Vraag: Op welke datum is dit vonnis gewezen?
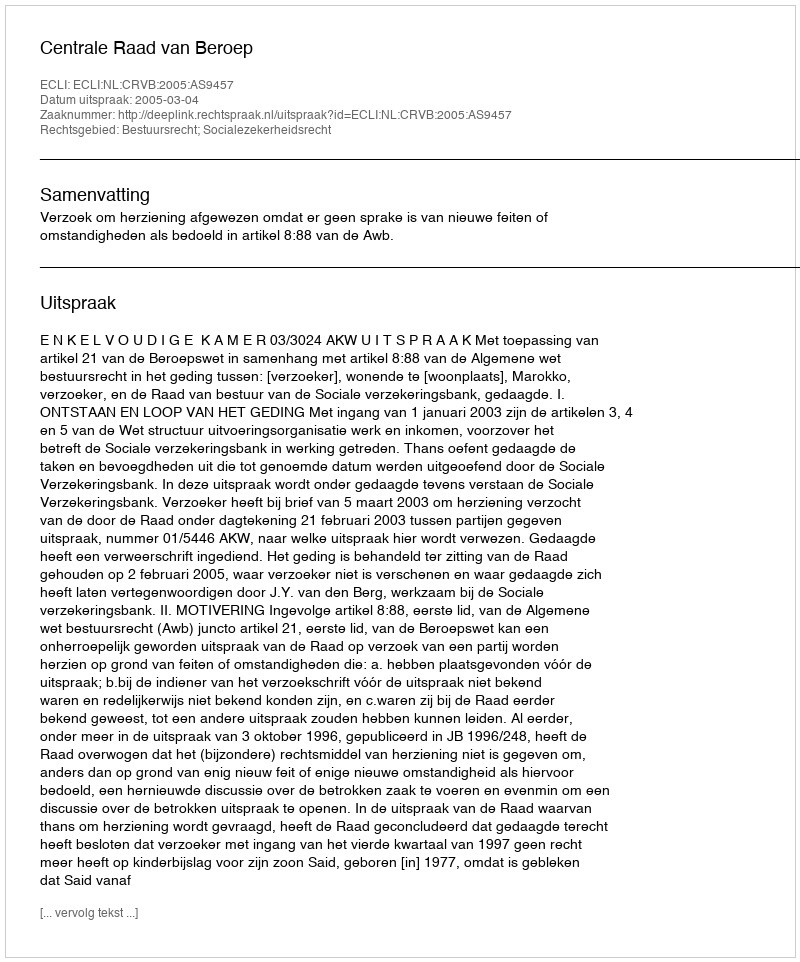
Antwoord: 2005-03-04